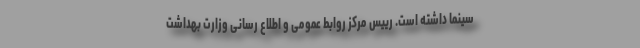
سینما داشته است. رییس مرکز روابط عمومی و اطلاع رسانی وزارت بهداشت